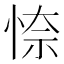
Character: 𭝎